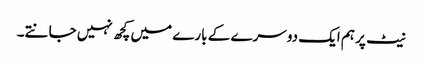
نیٹ پر ہم ایک دوسرے کے بارے میں کچھ نہیں جانتے۔